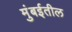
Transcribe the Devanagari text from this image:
मुंबर्इतील